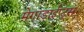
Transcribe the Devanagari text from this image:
मेगाडाईप्ट्स